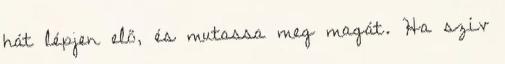
hát lépjen elő, és mutassa meg magát. Ha szív